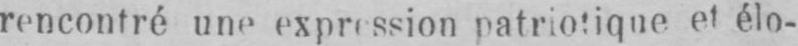
rencontré une expression patriotique et élo-